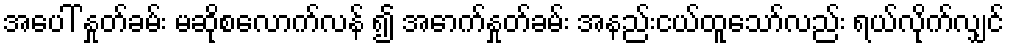
အပေါ် နှုတ်ခမ်း မဆိုစလောက်လန် ၍ အောက်နှုတ်ခမ်း အနည်းငယ်ထူသော်လည်း ရယ်လိုက်လျှင်